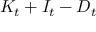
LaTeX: K _ { t } + I _ { t } - D _ { t }